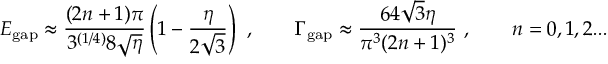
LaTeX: E _ { \mathrm { g a p } } \approx \frac { ( 2 n + 1 ) \pi } { 3 ^ { ( 1 / 4 ) } 8 \sqrt { \eta } } \left( 1 - \frac { \eta } { 2 \sqrt { 3 } } \right) \ , \qquad \Gamma _ { \mathrm { g a p } } \approx \frac { 6 4 \sqrt { 3 } \eta } { \pi ^ { 3 } ( 2 n + 1 ) ^ { 3 } } \ , \qquad n = 0 , 1 , 2 . . .